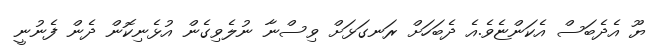
ޔޫ އެދެބަސް އެކަންޏެވެ.އެ ދެބަހަށް ރަނގަޅަށް ވިސްނާ ނުލެވިގެން އުޅެނިކޮން ދެން ފެނުނީ